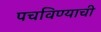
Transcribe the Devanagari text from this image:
पचविण्याची